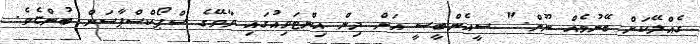
ގެއްލޭކަށް ބޭނުމެއް ނޫން." ސީއެންބީސީ އަށް ދިން އިންޓަވިއުގައި ވާވޭގެ ސްޕޯކްސްޕާސަން ބުންޏެވެ.